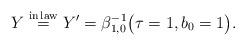
LaTeX: \begin{align*}Y\overset{{\rm in \,law}}{=}Y'=\beta_{1,0}^{-1}\bigl(\tau=1, b_0=1\bigr).\end{align*}